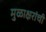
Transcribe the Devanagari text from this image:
मुळाक्षरांची